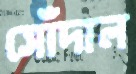
সোঁদাল